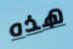
هذه